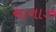
ચાનાઝ